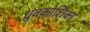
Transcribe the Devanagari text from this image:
ध्रुवकोशिका